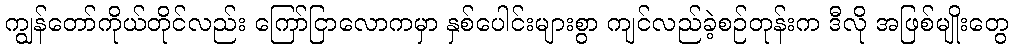
ကျွန်တော်ကိုယ်တိုင်လည်း ကြော်ငြာလောကမှာ နှစ်ပေါင်းများစွာ ကျင်လည်ခဲ့စဉ်တုန်းက ဒီလို အဖြစ်မျိုးတွေ